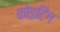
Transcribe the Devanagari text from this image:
कोइटिंग